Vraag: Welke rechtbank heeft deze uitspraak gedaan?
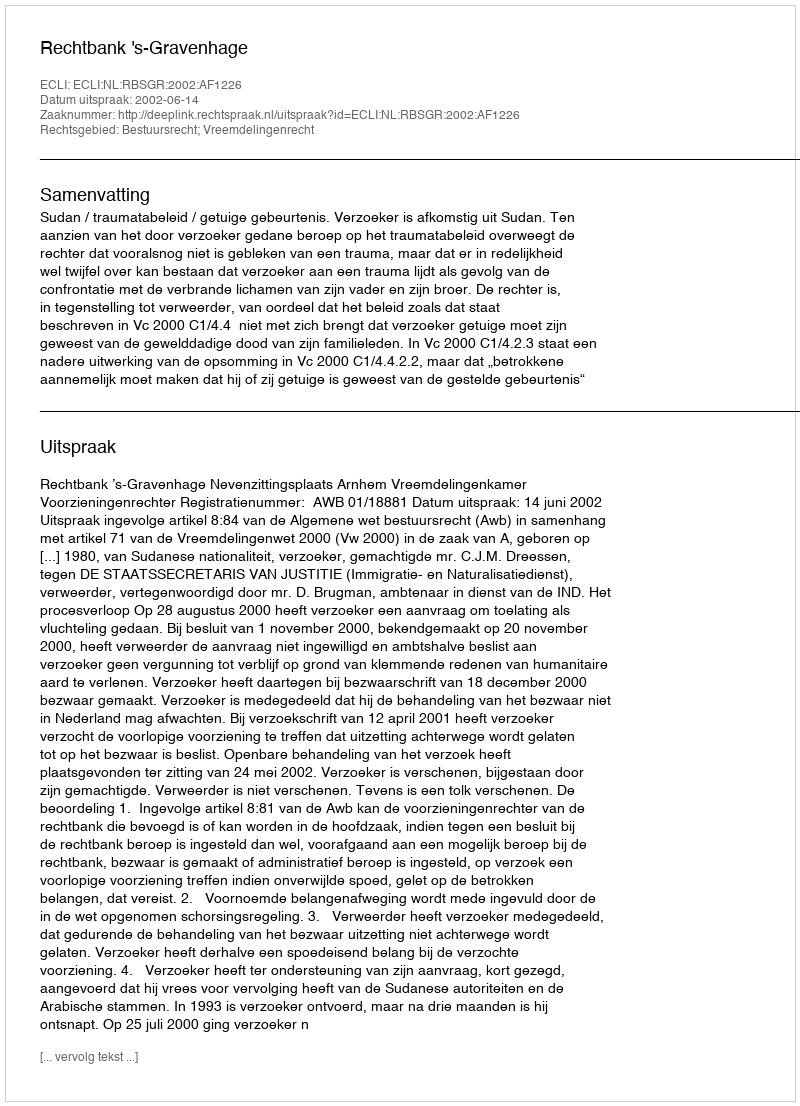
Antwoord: Rechtbank 's-Gravenhage